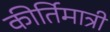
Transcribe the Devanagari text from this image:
कीर्तिमात्री